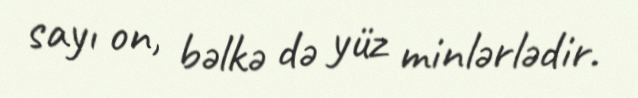
sayı on, bəlkə də yüz minlərlədir.